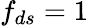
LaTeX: f_{ds}=1